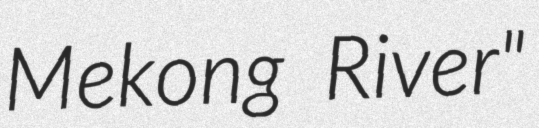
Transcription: Mekong River"